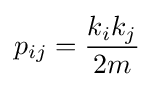
p_{ij}={\frac {k_{i}k_{j}}{2m}}